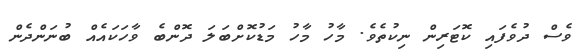
ވެސް ދުވެފައި ކޮޓަރިން ނިކުތެވެ. މާހު މާހު މަޑުކޮށްބަލަ ދޮންބެ ވާހަކައެއް ބުނަންދެން